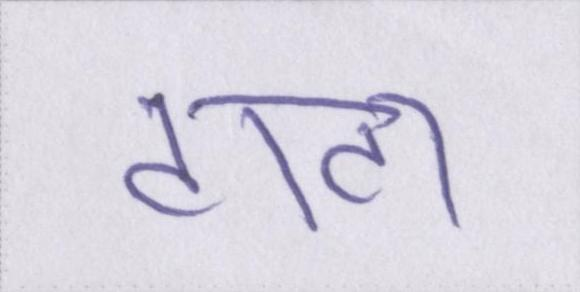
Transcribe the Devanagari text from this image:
टाटा